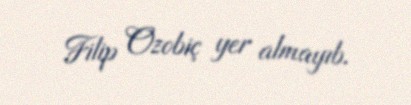
Filip Ozobiç yer almayıb.